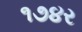
૧૭૪ર